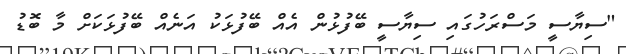
"ސިޔާސީ މަސްރަހުގައި ސިޔާސީ ބޭފުޅުން އެއް ބޭފުޅަކު އަނެއް ބޭފުޅަކަށް މާ ބޮޑު